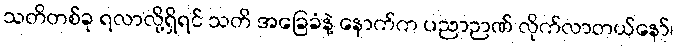
သတိတစ်ခု ရလာလို့ရှိရင် သတိ အခြေခံနဲ့ နောက်က ပညာဉာဏ် လိုက်လာတယ်နော်၊